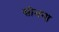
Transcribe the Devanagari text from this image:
सोभना